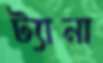
ট্যানা